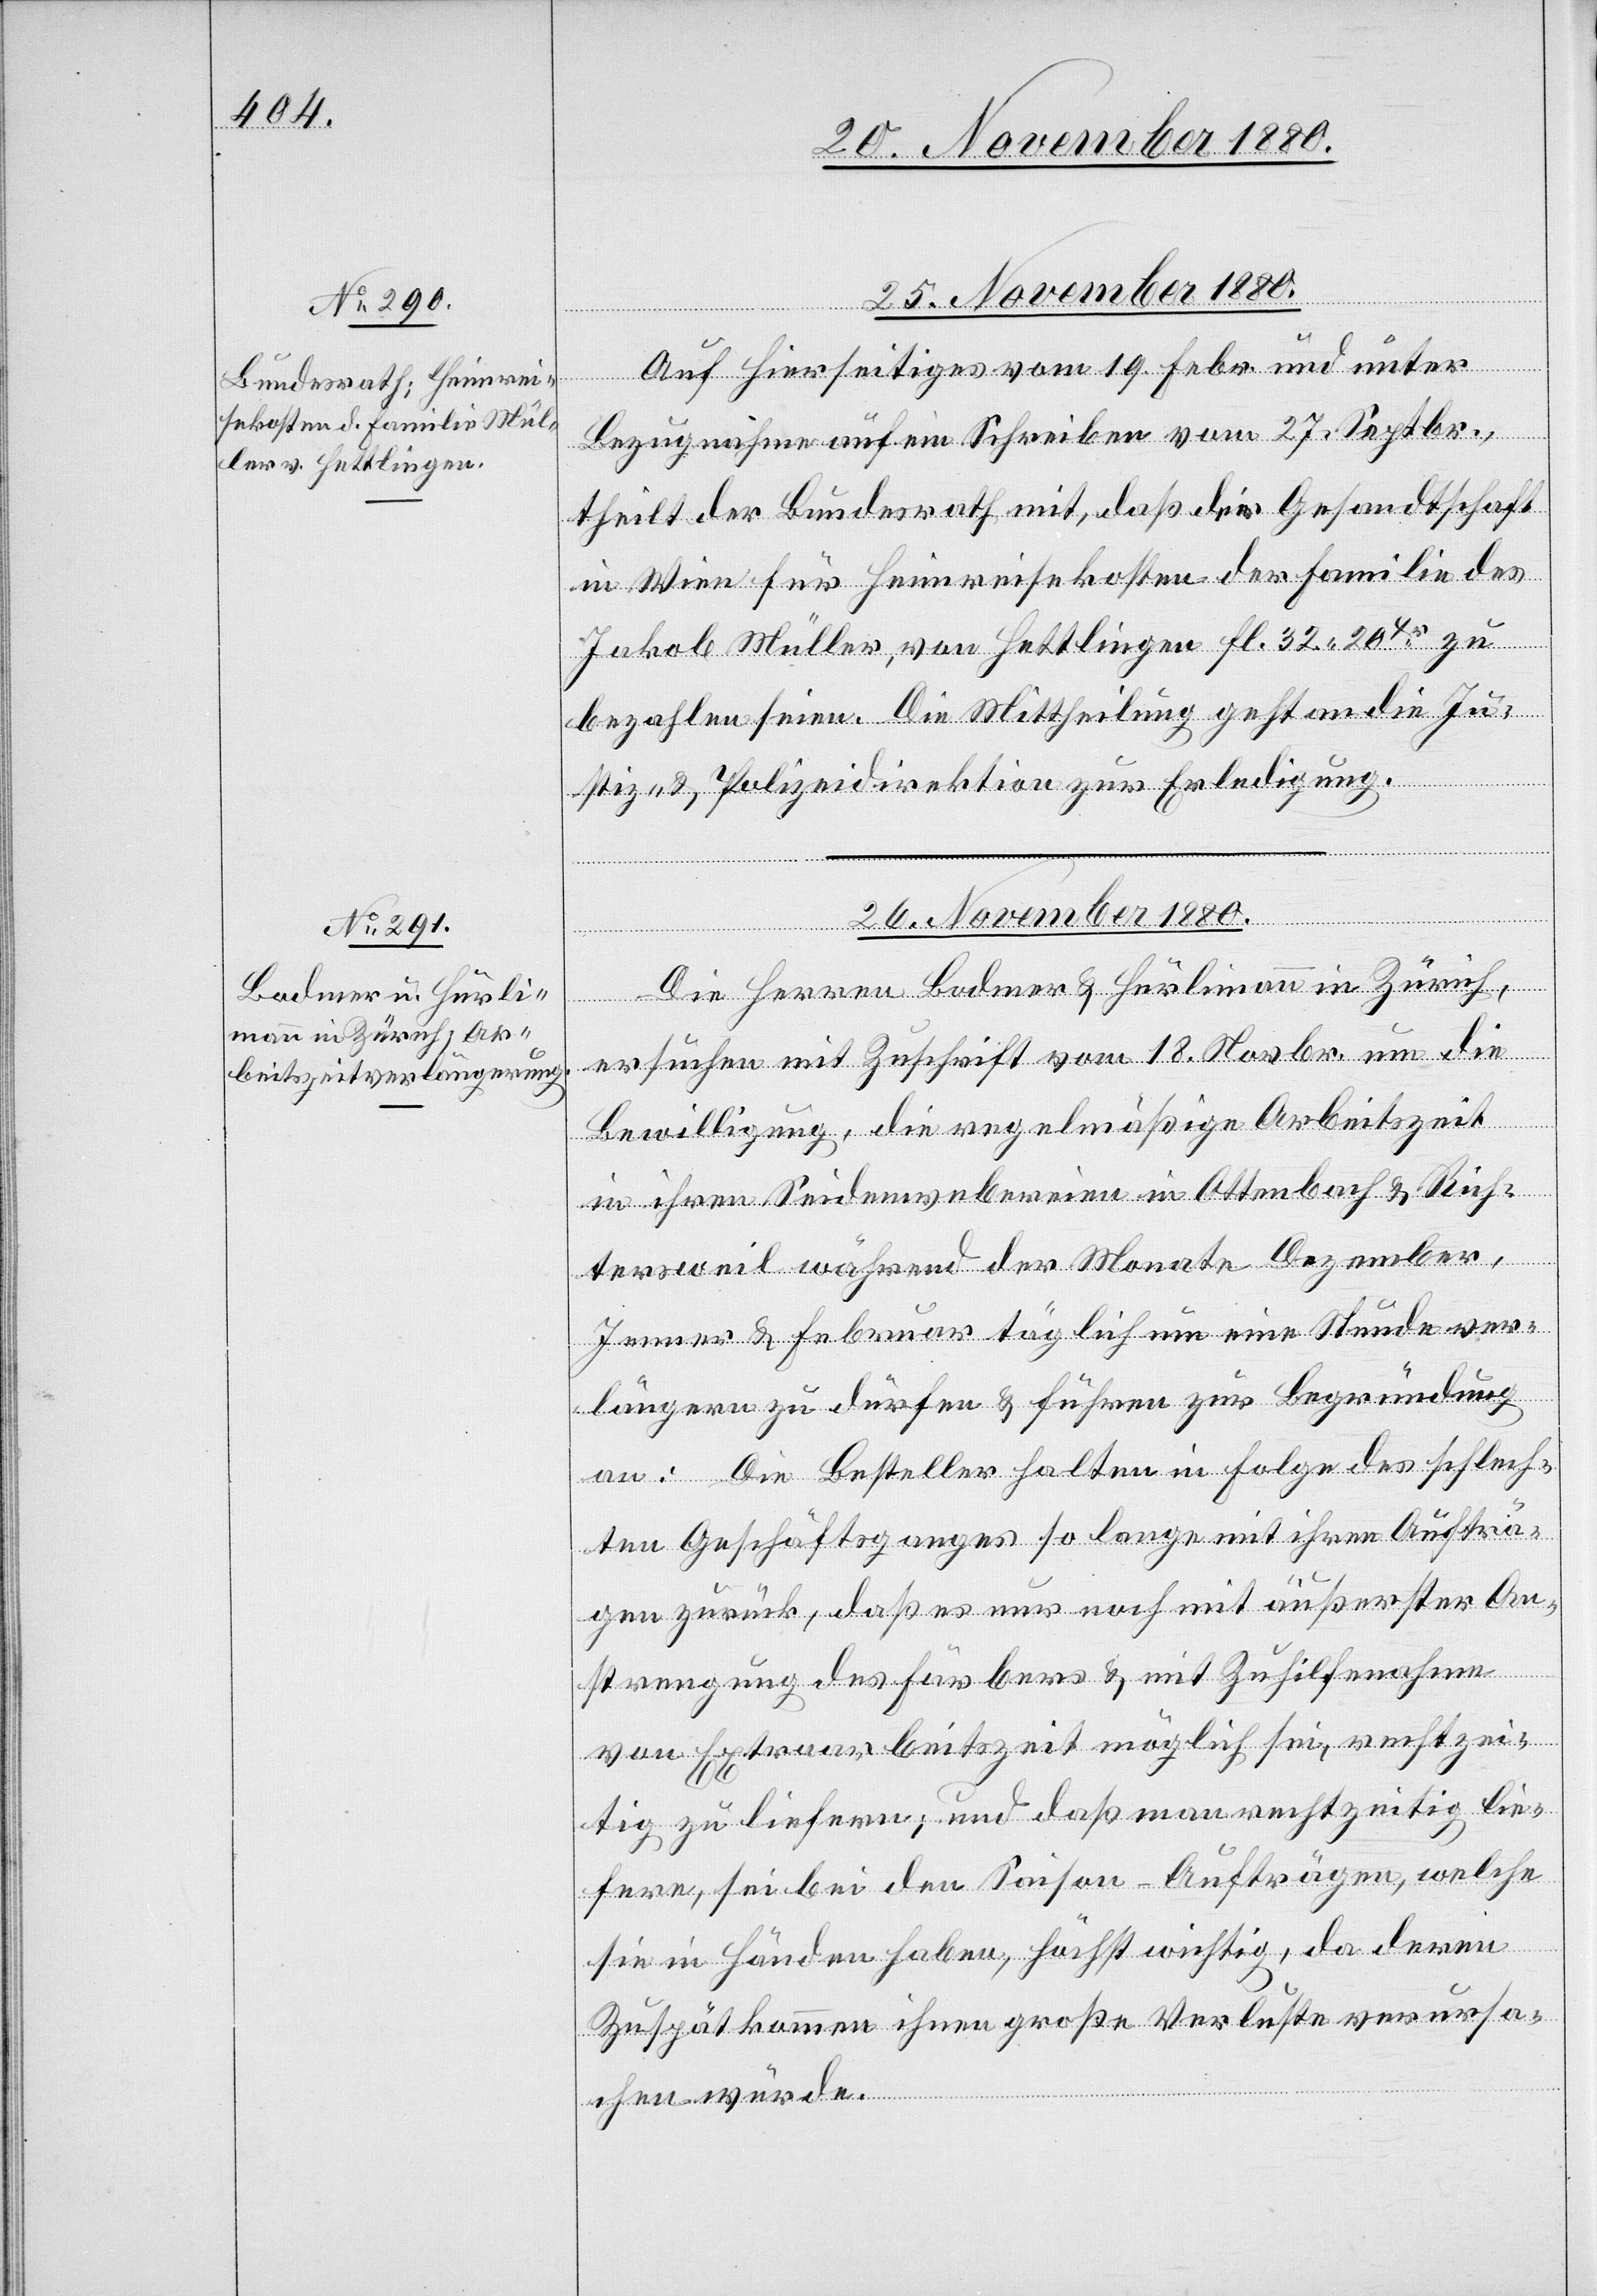
25. November 1880.
erfügungen]
Auf Hierseitiges vom 19. Febr. und unter
Bezugnahme auf ein Schreiben vom 27. Septbr.
theilt der Bundesrath mit, daß der Gesandtschaft
in Wien für Heimreisekosten der Familie des
Jakob Müller, von Hettlingen Fl. 32 20 Xr zu
bezahlen seien. Die Mittheilung geht an die Ju¬
stiz- & Polizeidirektion zur Erledigung.
26. November 1880.
Die Herren Bodmer & Hürlimann in Zürich,
ersuchen mit Zuschrift vom 18. Novbr. um die
Bewilligung, die regelmäßige Arbeitszeit
in ihren Seidenwebereien in Ottenbach & Rich¬
tersweil während der Monate Dezember,
Jenner & Februar täglich um eine Stunde ver¬
längern zu dürfen & führen zur Begründung
an: Die Besteller halten in Folge des schlech¬
ten Geschäftsganges so lange mit ihren Aufträ¬
gen zurück, daß es nur noch mit äußerster An¬
strengung des Färbers & mit Zuhilfenahme
von Extraarbeitszeit möglich sei, rechtzei¬
tig zu liefern; und daß man rechtzeitig lie¬
fere, sei bei den Saison-Aufträgen, welche
sie in Händen haben, höchst wichtig, da deren
Zuspätkommen ihnen große Verluste verursa¬
chen würde.